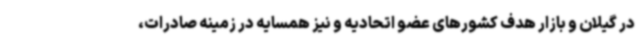
در گیلان و بازار هدف کشورهای عضو اتحادیه و نیز همسایه در زمینه صادرات،